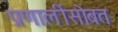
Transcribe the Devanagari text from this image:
प्रणालींसोबत